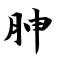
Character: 胂